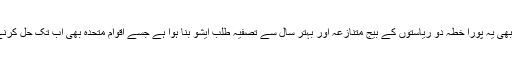
یوں آزادی ہند کے بعد بھی یہ پورا خطہ دو ریاستوں کے بیج متنازعہ اور بہتر سال سے تصفیہ طلب ایشو بنا ہوا ہے جسے اقوام متحدہ بھی اب تک حل کرنے میں کامیاب نہیں ہوا۔